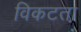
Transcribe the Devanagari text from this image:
विकटता